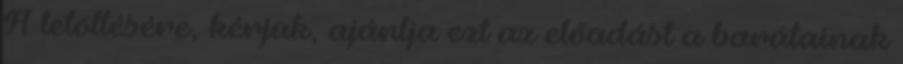
A letöltésére, kérjük, ajánlja ezt az előadást a barátainak